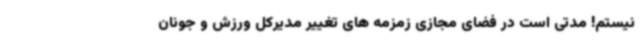
نیستم! مدتی است در فضای مجازی زمزمه های تغییر مدیرکل ورزش و جونان